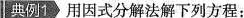
典例1用因式分解法解下列方程：